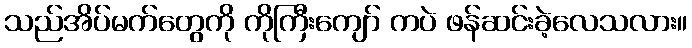
သည်အိပ်မက်တွေကို ကိုကြီးကျော် ကပဲ ဖန်ဆင်းခဲ့လေသလား။